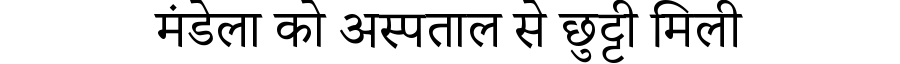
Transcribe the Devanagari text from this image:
मंडेला को अस्पताल से छुट्टी मिली